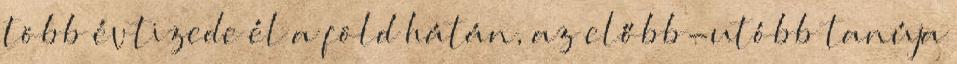
több évtizede él a föld hátán, az előbb-utóbb tanúja